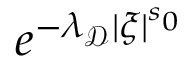
e ^ { - \lambda _ { \mathcal { D } } | \xi | ^ { s _ { 0 } } }